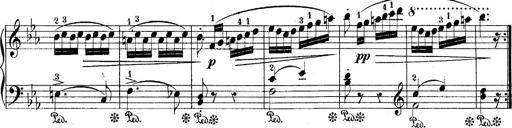
Title: 10 Sonatines progressives
Composer: Anton Schmoll